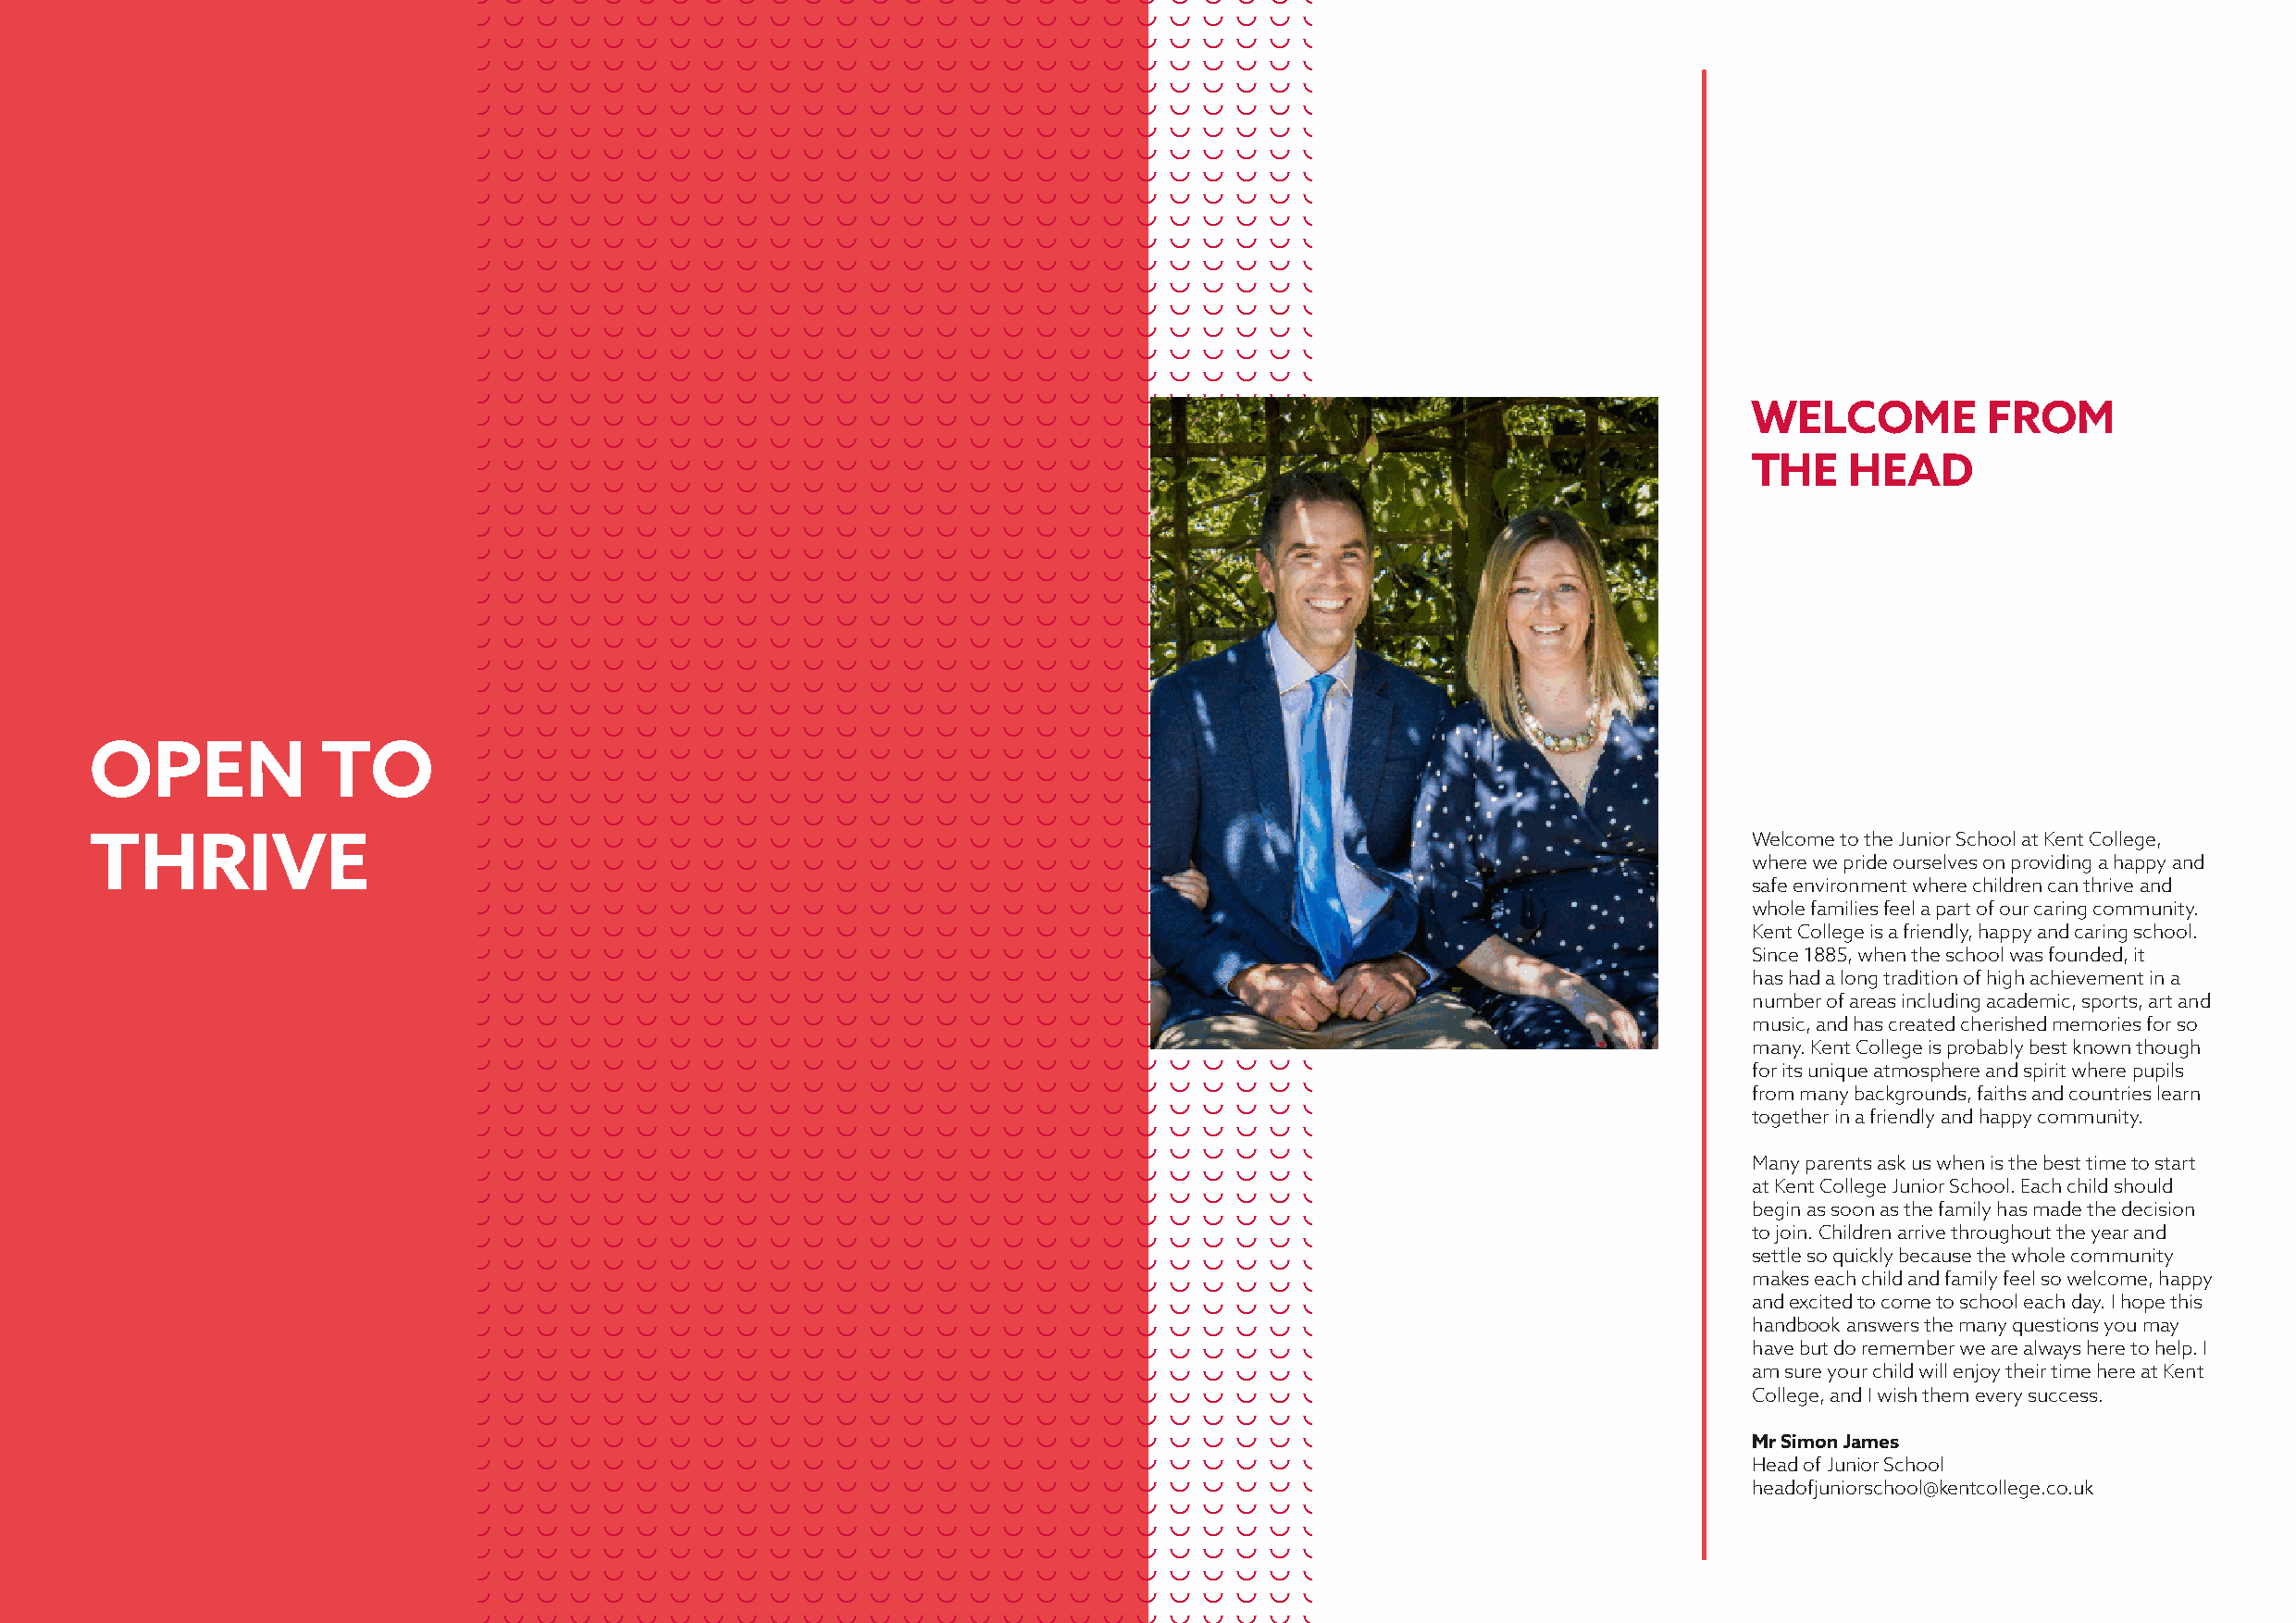
WELCOME          FROM
 THE    HEAD
 OPEN             TO
 THRIVE                                                                                                                 Welcome to the Junior School at Kent College,
 where we pride ourselves on providing a happy and
 safe environment where children can thrive and
 whole families feel a part of our caring community.
 Kent College is a friendly, happy and caring school.
 Since 1885, when the school was founded, it
 has had a long tradition of high achievement in a
 number of areas including academic, sports, art and
 music, and has created cherished memories for so
 many. Kent College is probably best known though
 for its unique atmosphere and spirit where pupils
 from many backgrounds, faiths and countries learn
 together in a friendly and happy community.
 Many parents ask us when is the best time to start
 at Kent College Junior School. Each child should
 begin as soon as the family has made the decision
 to join. Children arrive throughout the year and
 settle so quickly because the whole community
 makes each child and family feel so welcome, happy
 and excited to come to school each day. I hope this
 handbook answers the many questions you may
 have but do remember we are always here to help. I
 am sure your child will enjoy their time here at Kent
 College, and I wish them every success.
 Mr Simon James
 Head of Junior School
 headofjuniorschool@kentcollege.co.uk